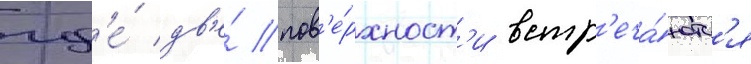
гд'е́ дв'е́ пов'е́рхност'и встр'еча́ютс'я